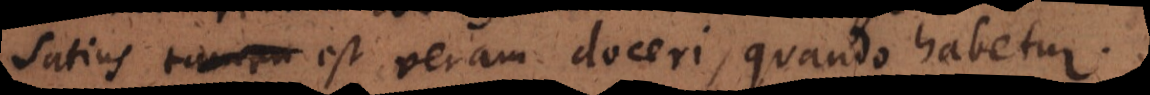
satius est veram doceri, quando habetur.